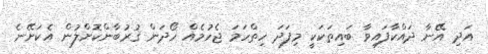
އަދި އޭނާ ދައްކާފައިވާ ބައިތަކަކީ މިފަދަ ހިތްހަމަ ޖެހުމެއް ހޯދަން ޤުރުބާންކޮށްލުން އެކަށޭނެ